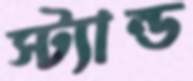
স্ট্যান্ড